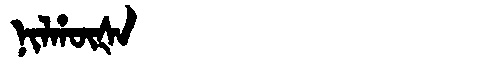
Manchu: ᠨᡳᠯᡥᡡᡧᠠ
Romanization: NILHŪŠA